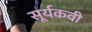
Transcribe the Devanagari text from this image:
सूर्यकवी